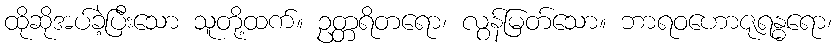
ထိုဆိုအပ်ခဲ့ပြီးသော သူတို့ထက်။ ဥတ္တရိတရော၊ လွန်မြတ်သော။ ဘာရဝဟောဇုရန္ဓရော၊